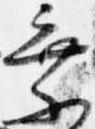
乗